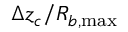
\upDelta z _ { c } / R _ { b , \operatorname* { m a x } }